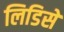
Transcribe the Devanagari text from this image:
लिडिसे